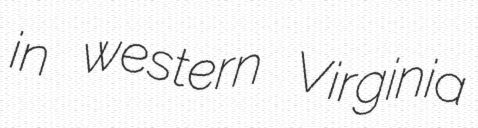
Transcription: in western Virginia